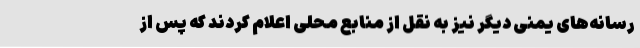
رسانه‌های یمنی دیگر نیز به نقل از منابع محلی اعلام کردند که پس از